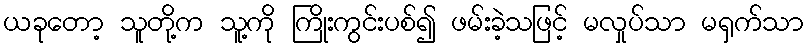
ယခုတော့ သူတို့က သူ့ကို ကြိုးကွင်းပစ်၍ ဖမ်းခဲ့သဖြင့် မလှုပ်သာ မရှက်သာ